Indian journal of veterinary science and animal husbandry - Volume 4,
Year: 1934
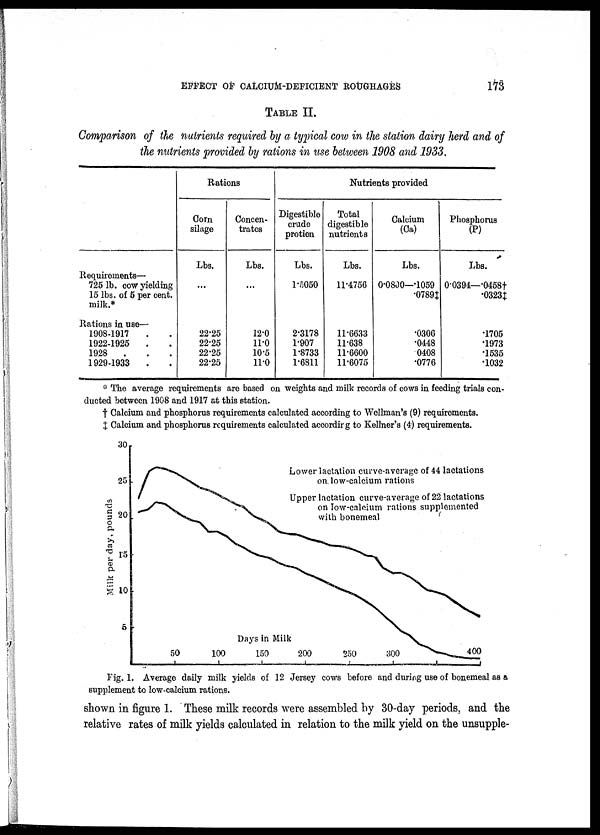
EFFECT OF CALCIUM-DEFICIENT ROUGHAGES
173
TABLE II.
Comparison of the nutrients required by a typical cow in the station dairy herd and of
the nutrients provided by rations in use between 1908 and 1933.
Requirements—
725 lb. cow yielding
15 lbs. of 5 per cent.
milk.*
Rations in use—
1908-1917 . .
1922-1925 . .
1928
. . .
1929-1933 . .
Rations
Corn
silage
Lbs.
...
22.25
22.25
22.25
22.25
Concen-
trates
Lbs.
...
12.0
11.0
10.5
11.0
Nutrients provided
Digestible
crude
protien
Lbs.
1.5050
2.3178
1.907
1.8733
1.6811
Total
digestible
nutrients
Lbs.
11.4756
11.6633
11.638
11.6600
11.6075
Calcium
(Ca)
Lbs.
0.0800—.1059
.0789‡
.0306
.0448
.0408
.0776
Phosphorus
(P)
Lbs.
0.0394—.0458+
.0323‡
.1705
.1973
.1535
.1032
* The average requirements are based on weights and milk records of cows in feeding trials con-
ducted between 1908 and 1917 at this station.
† Calcium and phosphorus requirements calculated according to Wellman's (9) requirements.
‡ Calcium and phosphorus requirements calculated accordirg to Kellner's (4) requirements.
Fig. 1. Average daily milk yields of 12 Jersey cows before and during use of bonemeal as a
supplement to low-calcium rations.
shown in figure 1. These milk records were assembled by 30-day periods, and the
relative rates of milk yields calculated in relation to the milk yield on the unsupple-